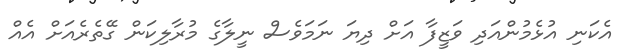
އެކަނި އުޅެމުންއަދި ވަޒީފާ އަށް ދިޔަ ނަމަވެސް ނީލާގެ މުރާލިކަން ގޭތެރެއަށް އެއް